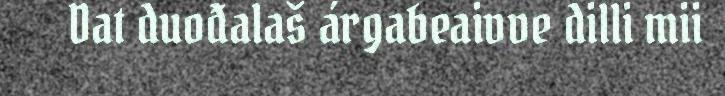
Dat duođalaš árgabeaivve dilli mii